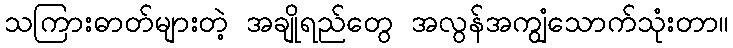
သကြားဓာတ်များတဲ့ အချိုရည်တွေ အလွန်အကျွံသောက်သုံးတာ။